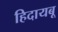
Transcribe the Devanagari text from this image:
हिदायबू